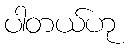
ပါတယ်ဟု